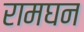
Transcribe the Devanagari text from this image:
रामघन